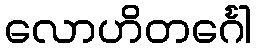
လောဟိတင်္ဂေါ